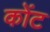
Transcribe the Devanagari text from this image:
कोंट